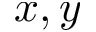
x , y